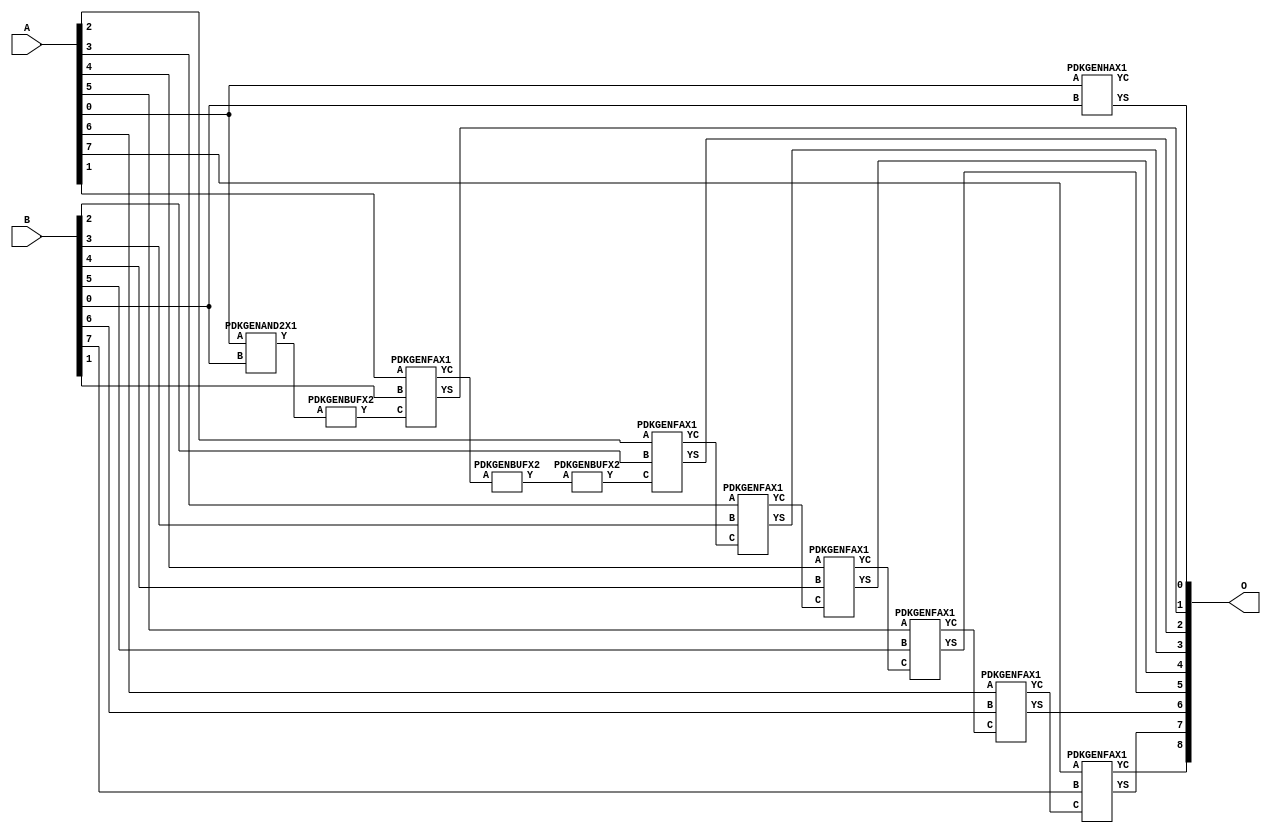
// Library = EvoApprox8b
// Circuit = add8_285
// Area   (180) = 1024
// Delay  (180) = 1.840
// Power  (180) = 367.70
// Area   (45) = 76
// Delay  (45) = 0.710
// Power  (45) = 34.97
// Nodes = 12
// HD = 0
// MAE = 0.00000
// MSE = 0.00000
// MRE = 0.00 %
// WCE = 0
// WCRE = 0 %
// EP = 0.0 %

module add8_285(A, B, O);
  input [7:0] A;
  input [7:0] B;
  output [8:0] O;
  wire [2031:0] N;

  assign N[0] = A[0];
  assign N[1] = A[0];
  assign N[2] = A[1];
  assign N[3] = A[1];
  assign N[4] = A[2];
  assign N[5] = A[2];
  assign N[6] = A[3];
  assign N[7] = A[3];
  assign N[8] = A[4];
  assign N[9] = A[4];
  assign N[10] = A[5];
  assign N[11] = A[5];
  assign N[12] = A[6];
  assign N[13] = A[6];
  assign N[14] = A[7];
  assign N[15] = A[7];
  assign N[16] = B[0];
  assign N[17] = B[0];
  assign N[18] = B[1];
  assign N[19] = B[1];
  assign N[20] = B[2];
  assign N[21] = B[2];
  assign N[22] = B[3];
  assign N[23] = B[3];
  assign N[24] = B[4];
  assign N[25] = B[4];
  assign N[26] = B[5];
  assign N[27] = B[5];
  assign N[28] = B[6];
  assign N[29] = B[6];
  assign N[30] = B[7];
  assign N[31] = B[7];

  PDKGENAND2X1 n32(.A(N[0]), .B(N[16]), .Y(N[32]));
  assign N[33] = N[32];
  PDKGENBUFX2 n54(.A(N[33]), .Y(N[54]));
  assign N[55] = N[54];
  PDKGENHAX1 n76(.A(N[0]), .B(N[16]), .YS(N[76]), .YC(N[77]));
  PDKGENFAX1 n82(.A(N[2]), .B(N[18]), .C(N[55]), .YS(N[82]), .YC(N[83]));
  PDKGENBUFX2 n112(.A(N[83]), .Y(N[112]));
  PDKGENBUFX2 n114(.A(N[112]), .Y(N[114]));
  assign N[115] = N[114];
  PDKGENFAX1 n132(.A(N[4]), .B(N[20]), .C(N[115]), .YS(N[132]), .YC(N[133]));
  PDKGENFAX1 n182(.A(N[6]), .B(N[22]), .C(N[133]), .YS(N[182]), .YC(N[183]));
  PDKGENFAX1 n232(.A(N[8]), .B(N[24]), .C(N[183]), .YS(N[232]), .YC(N[233]));
  PDKGENFAX1 n282(.A(N[10]), .B(N[26]), .C(N[233]), .YS(N[282]), .YC(N[283]));
  PDKGENFAX1 n332(.A(N[12]), .B(N[28]), .C(N[283]), .YS(N[332]), .YC(N[333]));
  PDKGENFAX1 n382(.A(N[14]), .B(N[30]), .C(N[333]), .YS(N[382]), .YC(N[383]));

  assign O[0] = N[76];
  assign O[1] = N[82];
  assign O[2] = N[132];
  assign O[3] = N[182];
  assign O[4] = N[232];
  assign O[5] = N[282];
  assign O[6] = N[332];
  assign O[7] = N[382];
  assign O[8] = N[383];

endmodule
/* mod */
module PDKGENHAX1( input A, input B, output YS, output YC );
    assign YS = A ^ B;
    assign YC = A & B;
endmodule
/* mod */
module PDKGENAND2X1(input A, input B, output Y );
     assign Y = A & B;
endmodule
/* mod */
module PDKGENFAX1( input A, input B, input C, output YS, output YC );
    assign YS = (A ^ B) ^ C;
    assign YC = (A & B) | (B & C) | (A & C);
endmodule
/* mod */
module PDKGENBUFX2(input A, output Y );
     assign Y = A;
endmodule